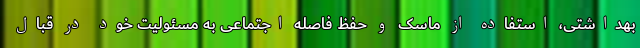
بهداشتی، استفاده از ماسک و حفظ فاصله اجتماعی به مسئولیت خود در قبال